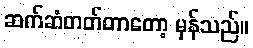
ဆက်ဆံတတ်တာတော့ မှန်သည်။